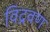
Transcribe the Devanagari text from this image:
विद्रवण